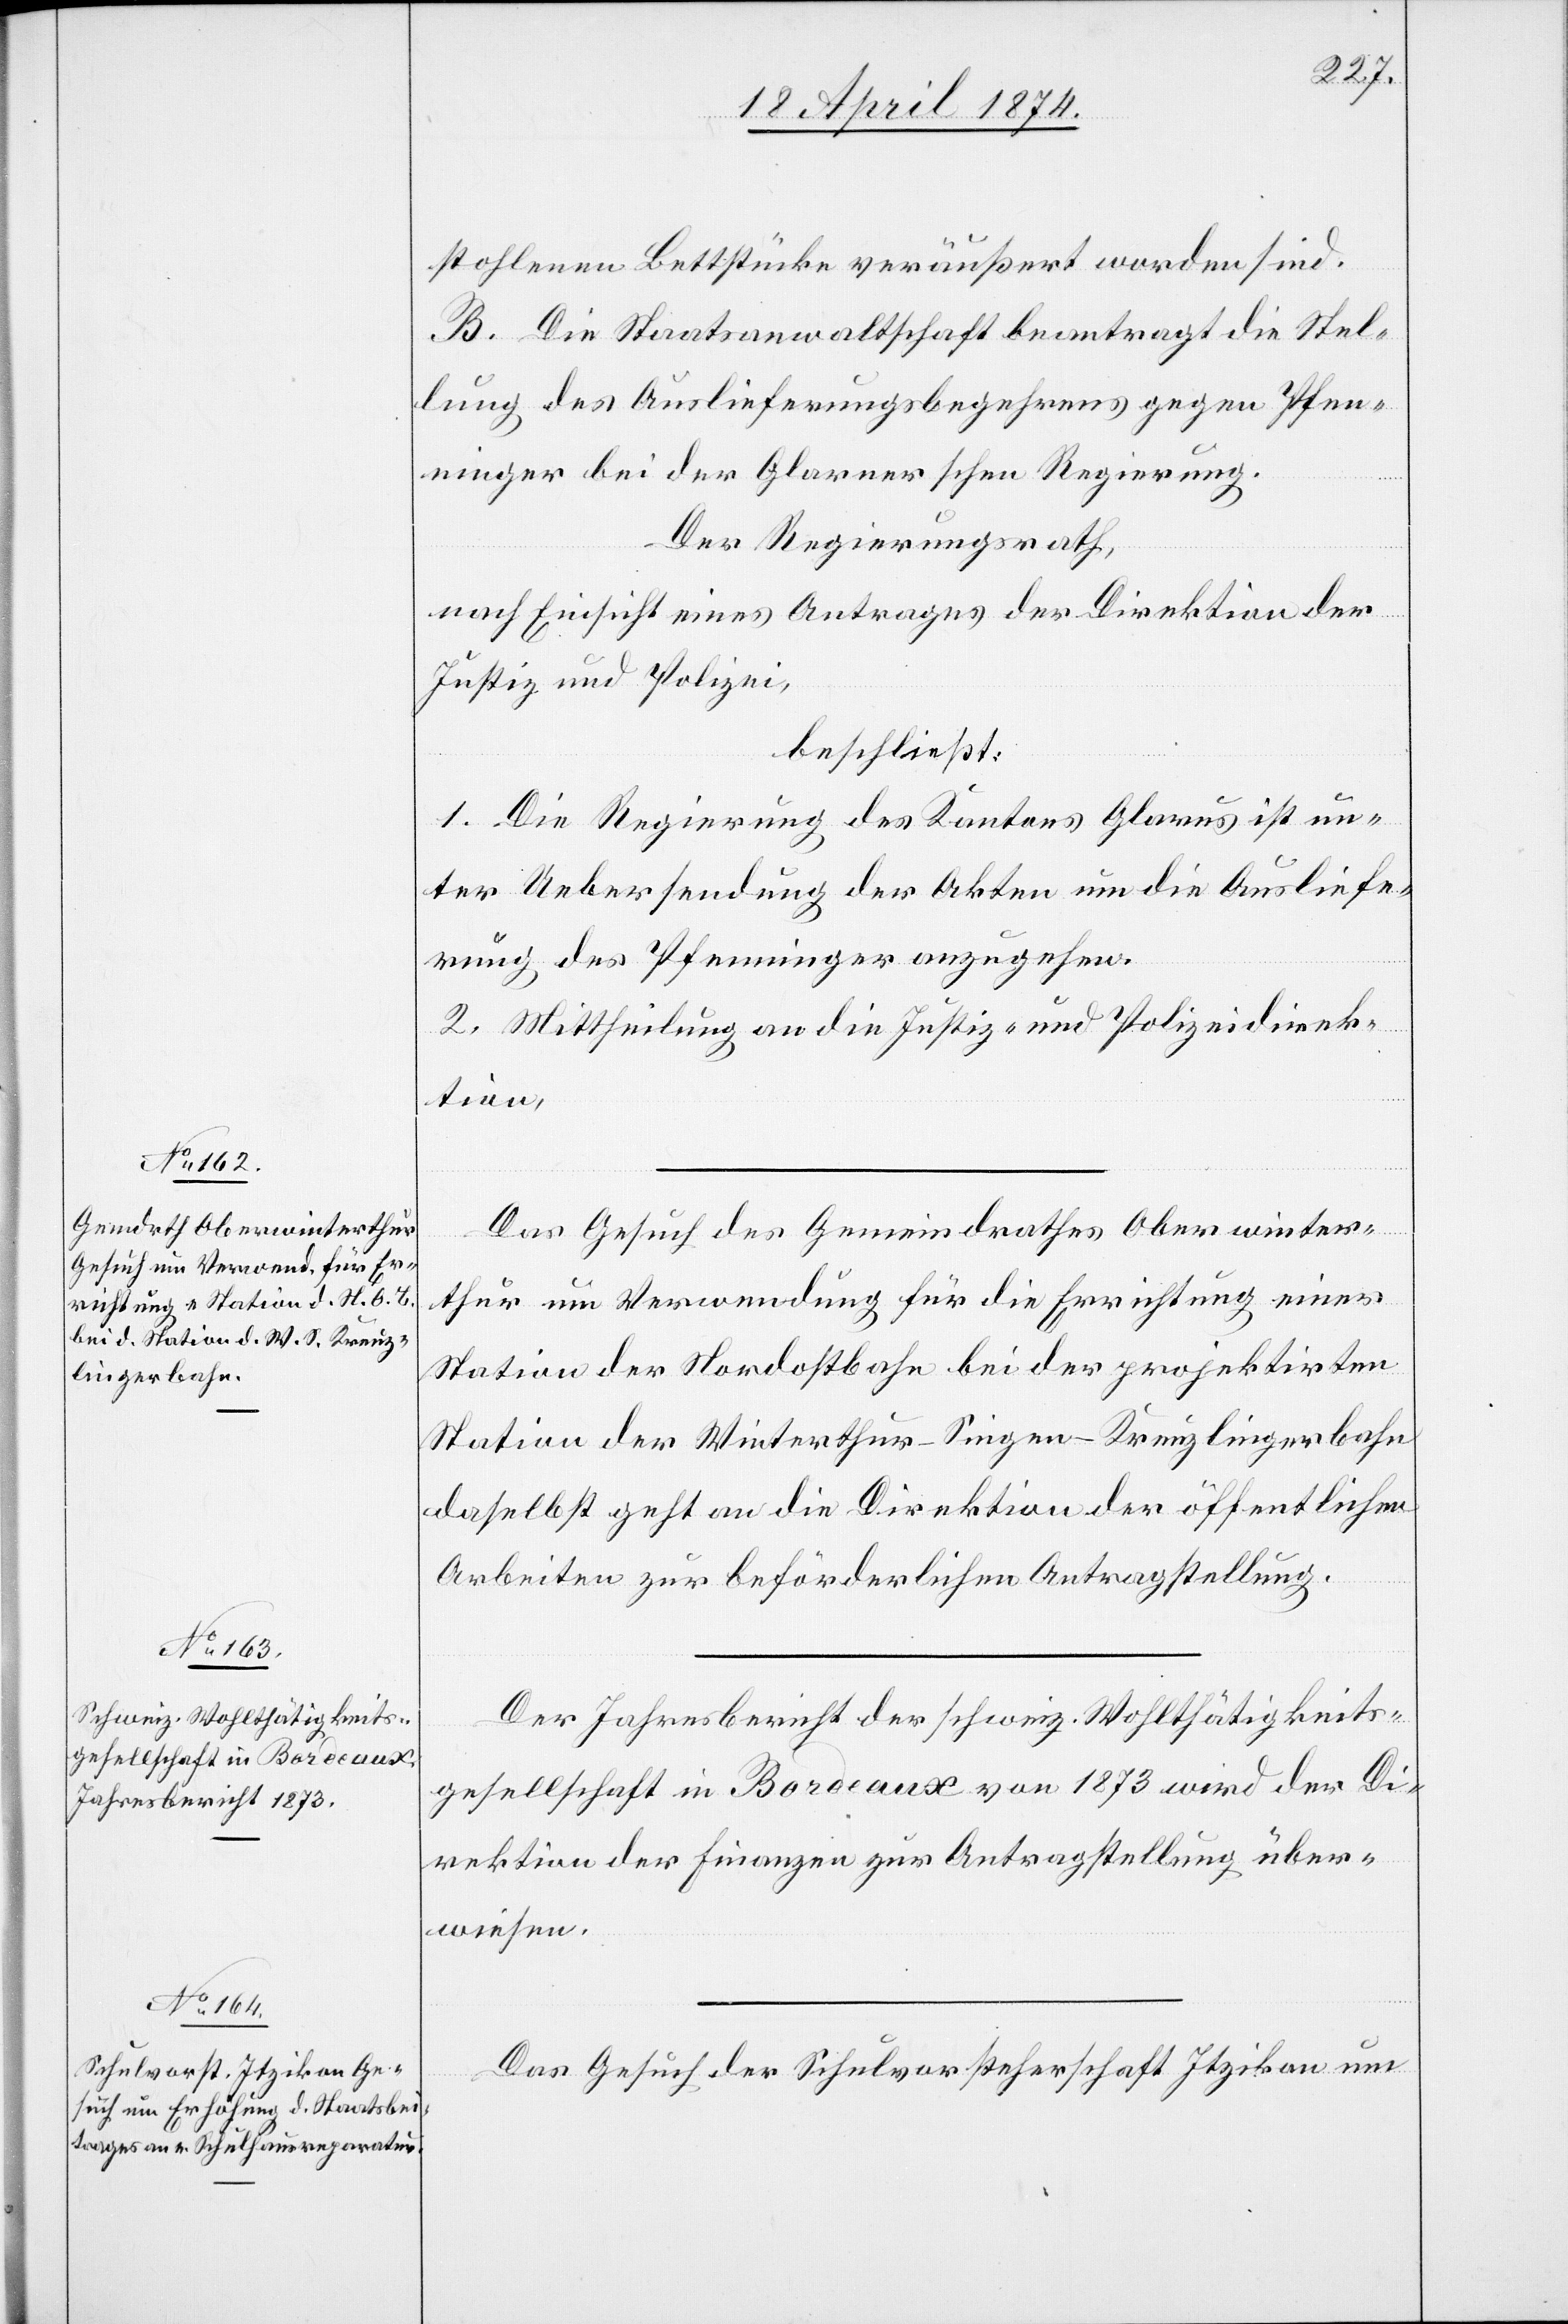
22. April 1874.]
stohlenen Bettstücke veräußert worden sind.
B. Die Staatsanwaltschaft beantragt die Stel¬
lung des Auslieferungsbegehrens gegen Pfen¬
ninger bei der Glarnerschen Regierung.
Der Regierungsrath,
nach Einsicht eines Antrages der Direktion der
Justiz und Polizei,
beschließt:
1. Die Regierung des Kantons Glarus ist un¬
ter Uebersendung der Akten um die Ausliefe¬
rung des Pfenninger anzugehen.
2. Mittheilung an die Justiz- und Polizeidirek¬
tion
Das Gesuch des Gemeindrathes Oberwinter¬
thur um Verwendung für die Errichtung einer
Station der Nordostbahn bei der projektirten
Station der Winterthur-Singen-Kreuzlingerbahn
daselbst geht an die Direktion der öffentlichen
Arbeiten zur beförderlichen Antragstellung.
Der Jahresbericht der schweiz. Wohlthätigkeits¬
gesellschaft in Bordeaux von 1873 wird der Di¬
rektion der Finanzen zur Antragstellung über¬
wiesen.
Das Gesuch der Schulvorsteherschaft Itzikon um